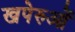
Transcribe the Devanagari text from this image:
खपेरुओं